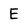
Character: E